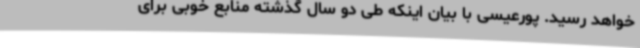
خواهد رسید. پورعیسی با بیان اینکه طی دو سال گذشته منابع خوبی برای